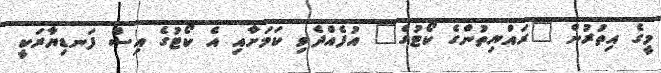
މީގެ އިތުރުން "ރައްޔިތުންގެ ކޯޓުގެ" އުފެއްދެވި ކަމަށާއި އެ ކޯޓުގެ އިސް ފަނޑިޔާރަކީ